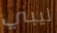
ليبي